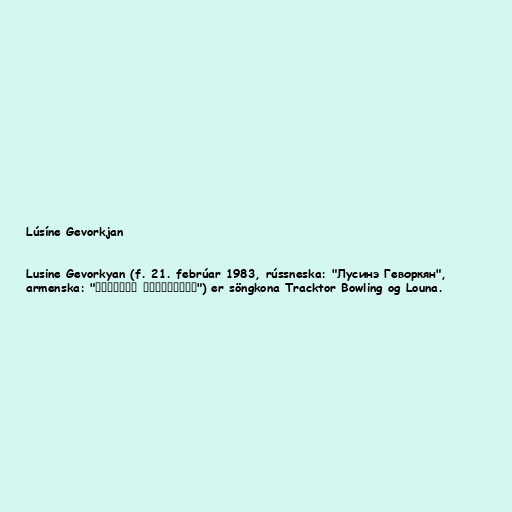
Lúsíne Gevorkjan

Lusine Gevorkyan (f. 21. febrúar 1983, rússneska: "Лусинэ Геворкян",
armenska: "Լուսինե Գեւորգյան") er söngkona Tracktor Bowling og Louna.